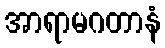
အာရာမဂတာနံ